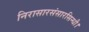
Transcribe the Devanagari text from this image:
निरासारसंसारसिन्धौ।